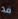
فد